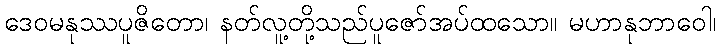
ဒေဝမနုဿပူဇိတော၊ နတ်လူ့တို့သည်ပူဇော်အပ်ထသော။ မဟာနုဘာဝေါ၊